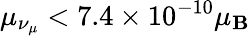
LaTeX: \mu_{\nu_{\mu}}<7.4\times10^{-10}\mu_{\mathbf{B}}